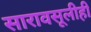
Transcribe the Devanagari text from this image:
सारावसूलीही